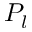
P _ { l }